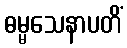
ဓမ္မသေနာပတိံ